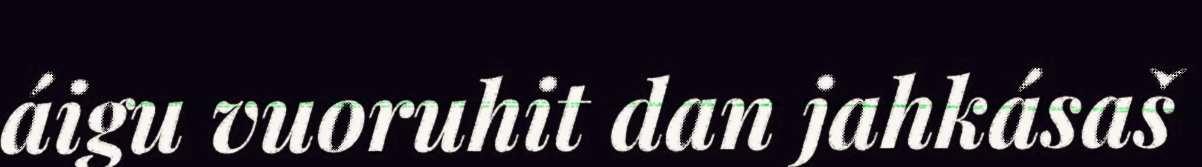
áigu vuoruhit dan jahkásaš